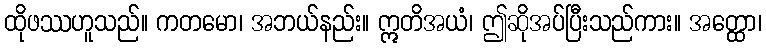
ထိုဖဿဟူသည်။ ကတမော၊ အဘယ်နည်း။ ဣတိအယံ၊ ဤဆိုအပ်ပြီးသည်ကား။ အတ္ထော၊